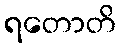
ရတောတိ